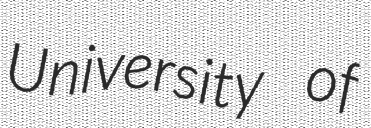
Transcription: University of